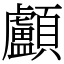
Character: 顱